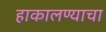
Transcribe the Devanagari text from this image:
हाकालण्याचा